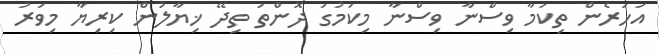
އަހަރެން ތިކަމާ ވިސްނާ ވިސްނާ މިކަމުގަ ދޮންތަ ތިދޭ ޚިޔާލުން ކިރިޔާ މިވަރު